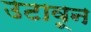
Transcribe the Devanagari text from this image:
उटावून